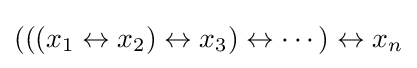
(((x_{1}\leftrightarrow x_{2})\leftrightarrow x_{3})\leftrightarrow \cdots )\leftrightarrow x_{n}